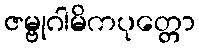
ဇမ္ဗုဂါမိကပုတ္တော